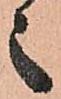
之